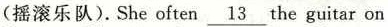
(摇滚乐队).She often\underline{13}the guitar on